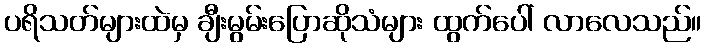
ပရိသတ်များထဲမှ ချီးမွမ်းပြောဆိုသံများ ထွက်ပေါ် လာလေသည်။